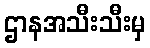
ဌာနအသီးသီးမှ